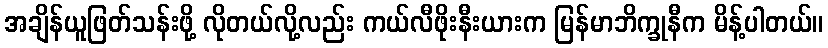
အချိန်ယူဖြတ်သန်းဖို့ လိုတယ်လို့လည်း ကယ်လီဖိုးနီးယားက မြန်မာဘိက္ခုနီက မိန့်ပါတယ်။